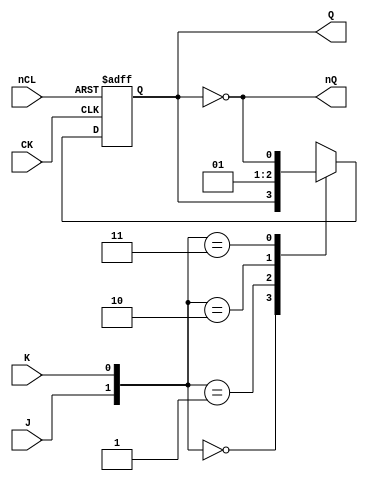
// NeoGeo logic definition
// Copyright (C) 2018 Sean Gonsalves
//
// This program is free software: you can redistribute it and/or modify
// it under the terms of the GNU General Public License as published by
// the Free Software Foundation, either version 3 of the License, or
// (at your option) any later version.
//
// This program is distributed in the hope that it will be useful,
// but WITHOUT ANY WARRANTY; without even the implied warranty of
// MERCHANTABILITY or FITNESS FOR A PARTICULAR PURPOSE.  See the
// GNU General Public License for more details.
//
// You should have received a copy of the GNU General Public License
// along with this program.  If not, see <https://www.gnu.org/licenses/>.

module FJD(
	input CK,
	input J, K,
	input nCL,
	output reg Q = 1'b0,
	output nQ
);
	
	always @(posedge CK, negedge nCL)
	begin
		if (~nCL)
			Q <= #1 1'b0;
		else
		begin
			case({J, K})
				2'b00 : Q <= #2 Q;
				2'b01 : Q <= #2 1'b0;
				2'b10 : Q <= #2 1'b1;
				2'b11 : Q <= #2 ~Q;
			endcase
		end
	end
	
	assign nQ = ~Q;

endmodule